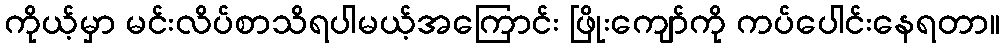
ကိုယ့်မှာ မင်းလိပ်စာသိရပါမယ့်အကြောင်း ဖြိုးကျော်ကို ကပ်ပေါင်းနေရတာ။